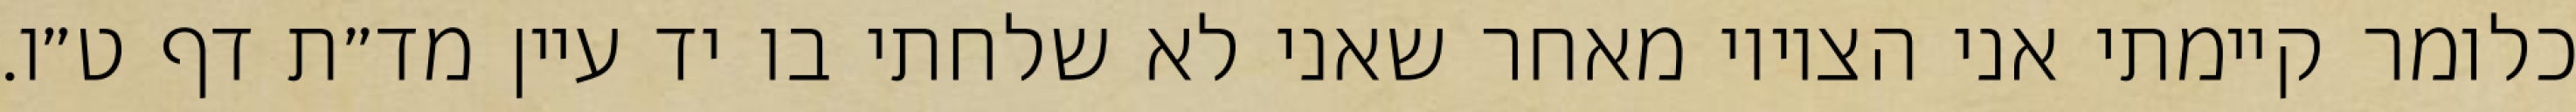
כלומר קיימתי אני הציווי מאחר שאני לא שלחתי בו יד עיין מד״ת דף ט״ו.